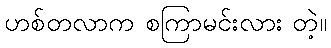
ဟစ်တလာက စကြာမင်းလား တဲ့။